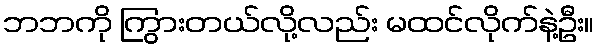
ဘဘကို ကြွားတယ်လို့လည်း မထင်လိုက်နဲ့ဦး။